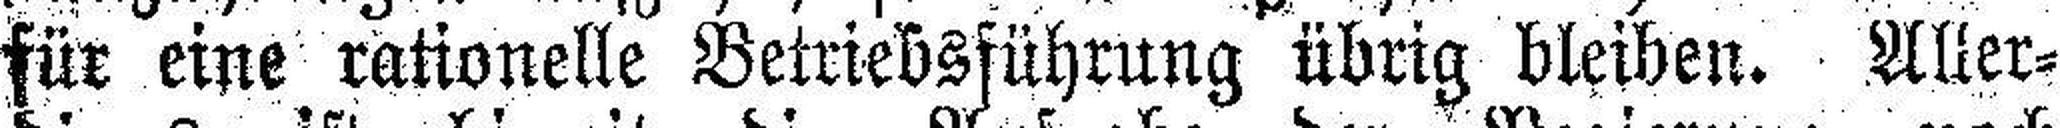
für eine rationelle Betriebsführung übrig bleiben. Aller¬